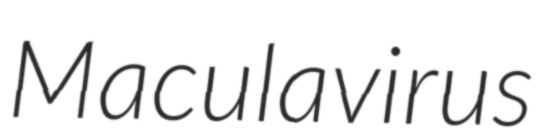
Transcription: Maculavirus